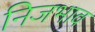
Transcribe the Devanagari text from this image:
निजभाव